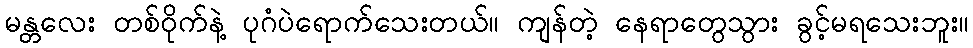
မန္တလေး တစ်ဝိုက်နဲ့ ပုဂံပဲရောက်သေးတယ်။ ကျန်တဲ့ နေရာတွေသွား ခွင့်မရသေးဘူး။